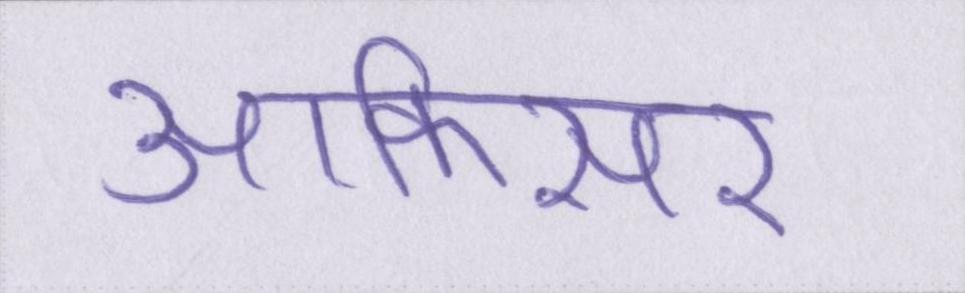
आफिसर